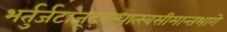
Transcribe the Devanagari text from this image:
भर्तुर्जटाजूटबन्धात्स्वसीमान्तभागे